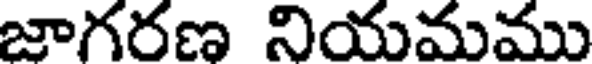
జాగరణ నియమము